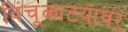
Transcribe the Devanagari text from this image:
विंचूकाटयावर